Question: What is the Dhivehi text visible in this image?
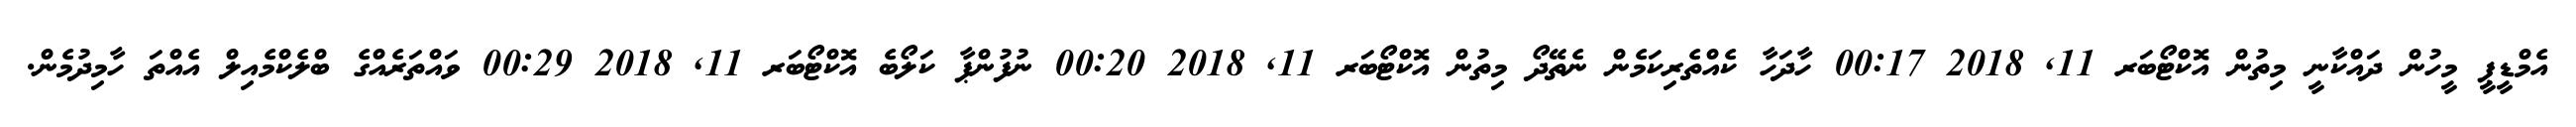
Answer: އެމްޑީޕީ މީހުން ދައްކާނީ މިތުން އޮކްޓޯބަރ 11, 2018 00:17 ހާދަހާ ކެއްތެރިކަމެން ނެތޭދޯ މިތުން އޮކްޓޯބަރ 11, 2018 00:20 ނުފުންޕާ ކަލޯބެ އޮކްޓޯބަރ 11, 2018 00:29 ވައްތަރެއްގެ ބްލެކްމެއިލް އެއްތަ ހާމިދުމެން.